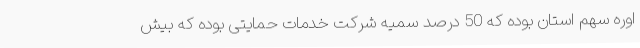
اوره سهم استان بوده که 50 درصد سمیه شرکت خدمات حمایتی بوده که بیش